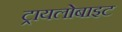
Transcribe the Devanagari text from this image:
ट्रायलोबाइट